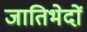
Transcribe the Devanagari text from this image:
जातिभेदों